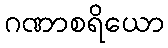
ဂဏာစရိယော